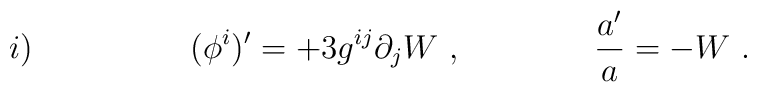
i) \hskip 2 cm (\phi^i)'  =  + 3 g^{ij} \partial_j  W \ , \qquad \qquad  {a'\over a} = - W \ .